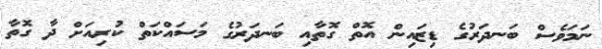
ނަމަވެސް ބަނދަރުގެ ޑިޒައިން އޮތް ގޮތާއި ބަނދަރުގެ މަސައްކަތް ކުރިއަށް ދާ ގޮތާ